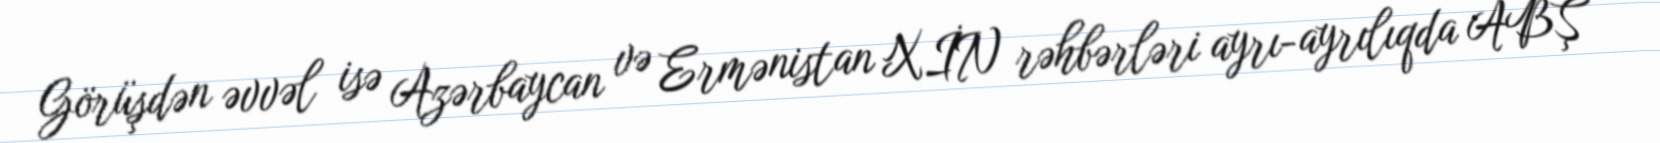
Görüşdən əvvəl isə Azərbaycan və Ermənistan XİN rəhbərləri ayrı-ayrılıqda ABŞ